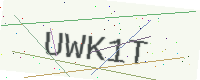
Text: UWK1T